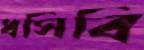
ধসিবি